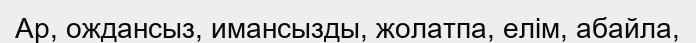
Ар, ождансыз, имансызды, жолатпа, елім, абайла,